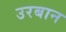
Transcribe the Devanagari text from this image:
उरबान